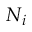
N _ { i }